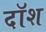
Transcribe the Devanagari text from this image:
दॉश